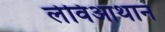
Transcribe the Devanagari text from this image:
लेविआथान